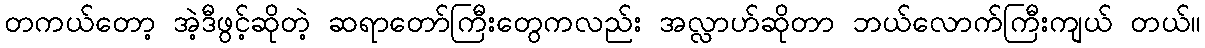
တကယ်တော့ အဲ့ဒီဖွင့်ဆိုတဲ့ ဆရာတော်ကြီးတွေကလည်း အလ္လာဟ်ဆိုတာ ဘယ်လောက်ကြီးကျယ် တယ်။